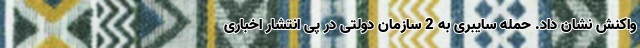
واکنش نشان داد. حمله سایبری به 2 سازمان دولتی در پی انتشار اخباری